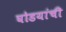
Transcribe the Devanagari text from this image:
घोडयांची